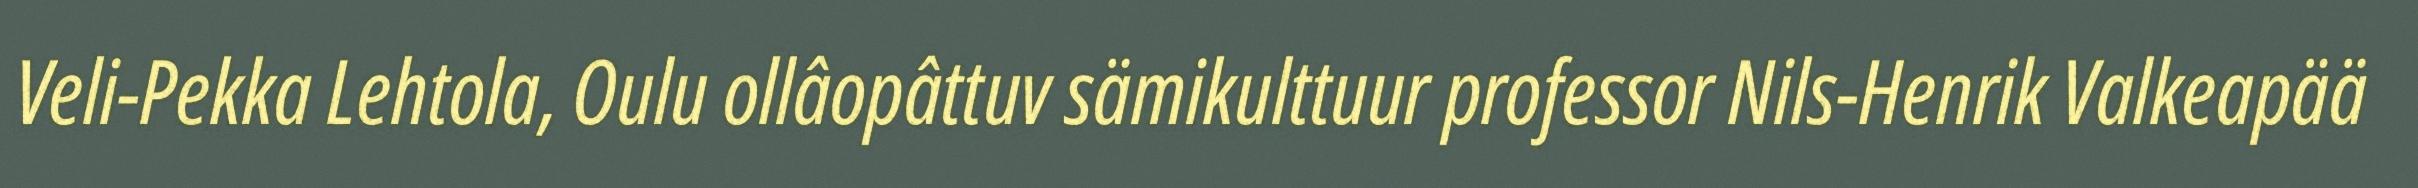
Veli-Pekka Lehtola, Oulu ollâopâttuv sämikulttuur professor Nils-Henrik Valkeapää